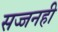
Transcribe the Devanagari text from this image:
सज्जनही